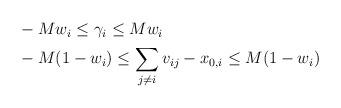
LaTeX: \begin{align*} \begin{aligned} &-M w_i\leq \gamma_i \leq M w_i\\ &-M (1-w_i)\leq \sum_{j\neq i} v_{ij} - x_{0,i}\leq M (1-w_i) \end{aligned} \end{align*}